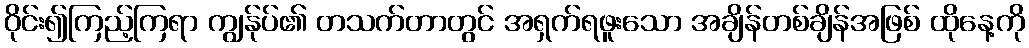
ဝိုင်း၍ကြည့်ကြရာ ကျွန်ုပ်၏ တသက်တာတွင် အရှက်ရဖူးသော အချိန်တစ်ချိန်အဖြစ် ထိုနေ့ကို